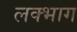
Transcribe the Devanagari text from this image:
लक्भाग